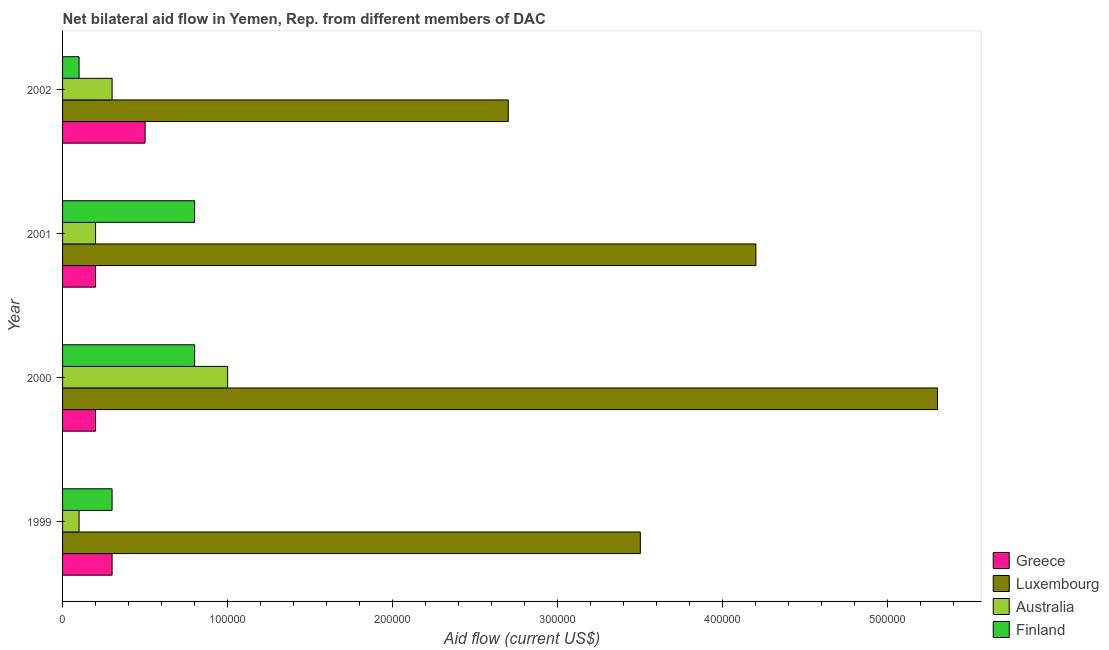
| Year | Greece | Luxembourg | Australia | Finland |
 | --- | --- | --- | --- | --- |
 | 1999 | 3e+04 | 3.5e+05 | 1e+04 | 3e+04 |
 | 2000 | 2e+04 | 5.3e+05 | 1e+05 | 8e+04 |
 | 2001 | 2e+04 | 4.2e+05 | 2e+04 | 8e+04 |
 | 2002 | 5e+04 | 2.7e+05 | 3e+04 | 1e+04 |